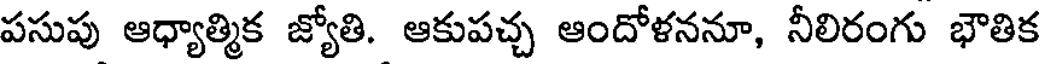
పసుపు ఆధ్యాత్మిక జ్యోతి. ఆకుపచ్చ ఆందోళననూ, నీలిరంగు భౌతిక